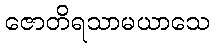
ဇောတိရသာမယာသေ